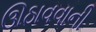
ઊઠાવવાની